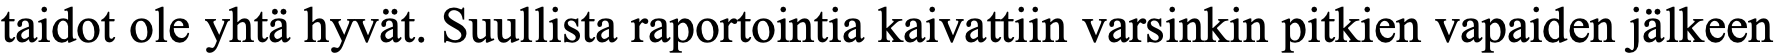
taidot ole yhtä hyvät. Suullista raportointia kaivattiin varsinkin pitkien vapaiden jälkeen